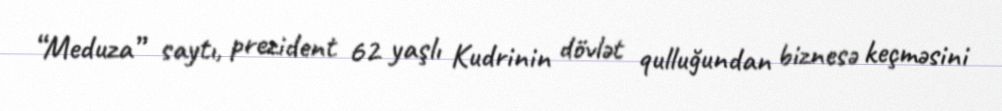
“Meduza” saytı, prezident 62 yaşlı Kudrinin dövlət qulluğundan biznesə keçməsini